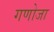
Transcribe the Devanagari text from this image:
गणोजा